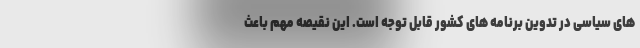
های سیاسی در تدوین برنامه های کشور قابل توجه است. این نقیصه مهم باعث